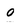
Character: o